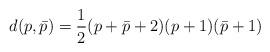
LaTeX: \begin{align*}d(p,\bar p)={1\over 2}(p+\bar p +2)(p+1)(\bar p+1)\end{align*}